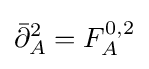
{\bar {\partial }}_{A}^{2}=F_{A}^{0,2}